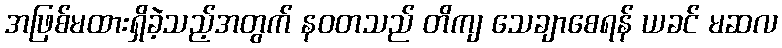
အဖြစ်မထားရှိခဲ့သည့်အတွက် နဝတသည် တိကျ သေချာစေရန် ယခင် မဆလ